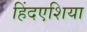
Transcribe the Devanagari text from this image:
हिंदएशिया